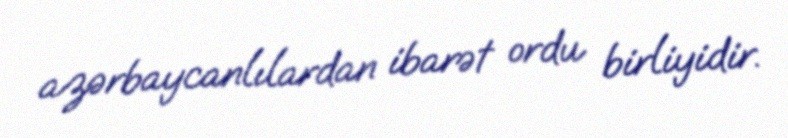
azərbaycanlılardan ibarət ordu birliyidir.